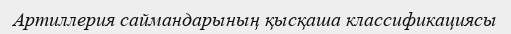
Артиллерия саймандарының қысқаша классификациясы